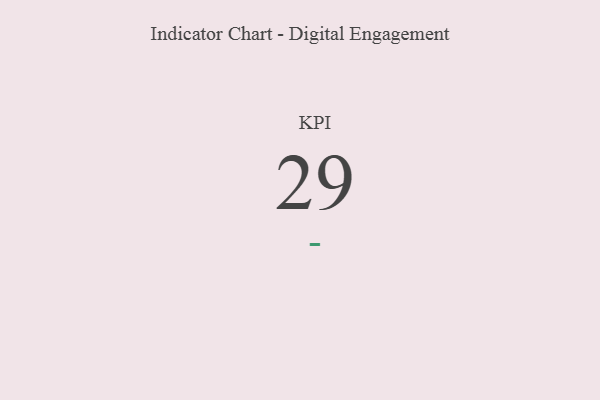
{"axis": {"x": "KPI", "y": "Value"}, "legend": [""], "data": [{"x": "KPI", "y": 29, "type": ""}]}